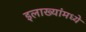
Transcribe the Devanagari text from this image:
इलाख्यांमध्ये